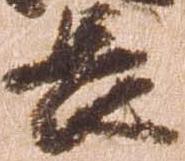
長